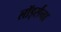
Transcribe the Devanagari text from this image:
लॉर्ड्सना